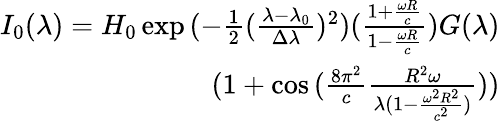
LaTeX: \begin{array}{r}{I_{0}(\lambda)=H_{0}\exp{(-\frac{1}{2}(\frac{\lambda-\lambda_{0}}{\Delta\lambda})^{2})(\frac{1+\frac{\omega R}{c}}{1-\frac{\omega R}{c}})}G(\lambda)}\\ {(1+\cos{(\frac{8\pi^{2}}{c}\frac{R^{2}\omega}{\lambda(1-\frac{\omega^{2}R^{2}}{c^{2}})})})}\end{array}